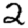
Digit: 2